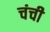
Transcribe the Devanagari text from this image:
चंची